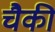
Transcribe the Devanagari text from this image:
चैकी